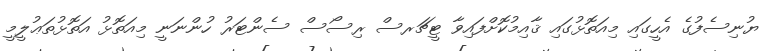
ޔުނިސެފުގެ އެހީގައި މިއަތޮޅުގައި ޤާއިމުކޮށްފައިވާ ޓީޗަރސް ރިސޯސް ސެންޓަރު ހުންނަނީ މިއަތޮޅު އަތޮޅުތަޢުލީމީ